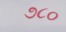
૭૮૦